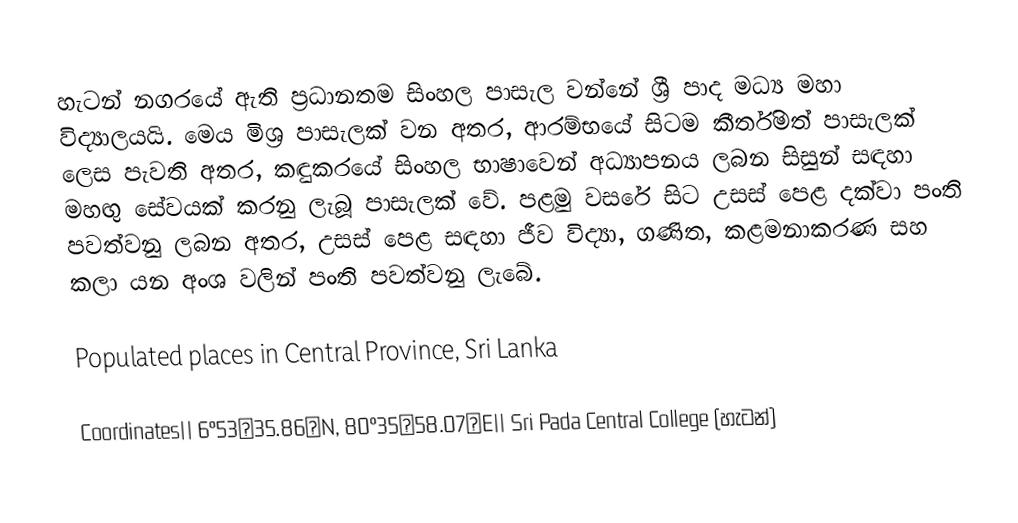
හැටන් නගරයේ ඇති ප්‍රධානතම සිංහල පාසැල වන්නේ ශ්‍රී පාද මධ්‍ය මහා විද්‍යාලයයි. මෙය මිශ්‍ර පාසැලක් වන අතර, ආරම්භයේ සිටම කීර්තිමත් පාසැලක් ලෙස පැවති අතර, කඳුකරයේ සිංහල භාෂාවෙන් අධ්‍යාපනය ලබන සිසුන් සඳහා මහඟු සේවයක් කරනු ලැබූ පාසැලක් වේ. පළමු වසරේ සිට උසස් පෙළ දක්වා පංති පවත්වනු ලබන අතර, උසස් පෙළ සඳහා ජීව විද්‍යා, ගණිත, කළමනාකරණ සහ කලා යන අංශ වලින් පංති පවත්වනු ලැබේ.

Populated places in Central Province, Sri Lanka

Coordinates|| 6°53′35.86″N, 80°35′58.07″E|| Sri Pada Central College (හැටන්)